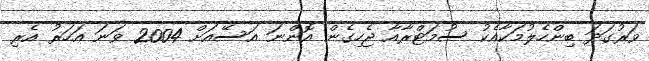
ވަރުގަދަ ބިންހެލުމަކާއެކު ސުމަޓްރާއާ ޖެހިގެން އޮންނަ އަސޭއަށް 2004 ވަނަ އަހަރު އެރި